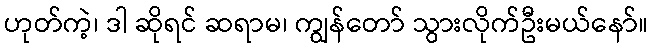
ဟုတ်ကဲ့၊ ဒါ ဆိုရင် ဆရာမ၊ ကျွန်တော် သွားလိုက်ဦးမယ်နော်။